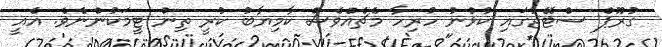
ގުރޫޕް ސްޓޭޖުގައި ކުޅުނު ހުރިހާ މެޗެއްވެސް ކާމިޔާބު ކުރީ ތިން ޓީމަކުންނެވެ. އެއީ